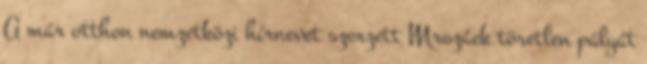
A már otthon nemzetközi hírnevet szerzett Mrozáek töretlen pályát